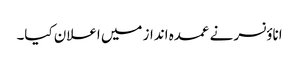
اناؤنسر نے عمدہ انداز میں اعلان کیا۔